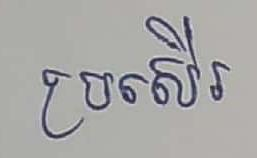
ប្រសើរ